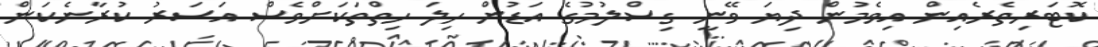
ކޮޓަރިތެރެއިން އިވެމުން ދިޔަ ވޭނީ ގިސްލުމުގެ އަޑުން ހިލަ ހިތްތަކަށްވެސް އަސަރު ކުރާނެކަން